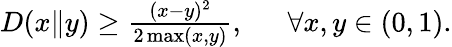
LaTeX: \begin{array}{rl}{D(x\| y)\ge\frac{(x-y)^{2}}{2\operatorname*{max}(x,y)},~}&{{}~\forall x,y\in(0,1).}\end{array}